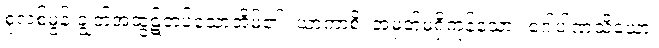
စုလစ်မွန်းချွတ်အထွဋ်တပ်သောအိမ်၏။ ယာကာစိ၊ အမှတ်မရှိကုန်သော။ ဂေါပါဏသိယော၊